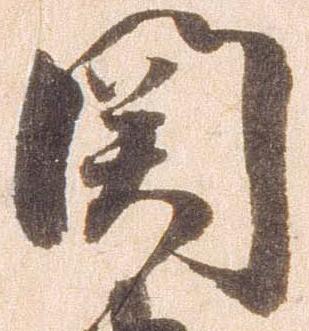
関